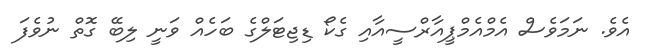
އެވެ. ނަމަވެސް އެމްއެމްޕީއާރްސީއާއި ގެކޯ ޑިޖިޓަލްގެ ބަހެއް ވަނީ ލިބޭ ގޮތް ނުވެފަ